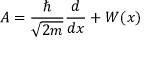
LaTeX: A = { \frac { \hbar } { \sqrt { 2 m } } } { \frac { d } { d x } } + W ( x )